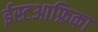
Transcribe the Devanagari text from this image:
ईस्टआफ्रिका